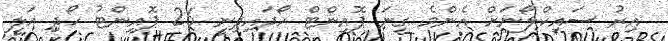
އިރު ސައިކްލޯނަށް އެންމެ ގިނަ ޕޮއިންޓް ހޯދައިދިނީ 26 ޕޮއިންޓު ހޯދި އަލީ